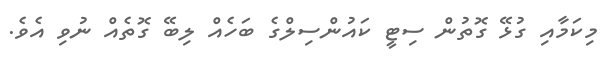
މިކަމާއި ގުޅޭ ގޮތުން ސިޓީ ކައުންސިލްގެ ބަހެއް ލިބޭ ގޮތެއް ނުވި އެވެ.